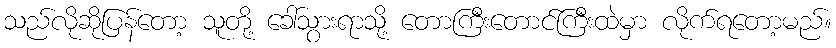
သည်လိုဆိုပြန်တော့ သူတို့ ခေါ်သွားရာသို့ တောကြီးတောင်ကြီးထဲမှာ လိုက်ရတော့မည်။